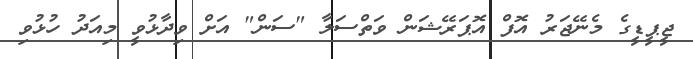
ޖީޕީޑީގެ މެނޭޖަރު އޮފް އޮޕަރޭޝަން ވަތްސަލާ "ސަން" އަށް ވިދާޅުވީ މިއަދު ހުޅުވި